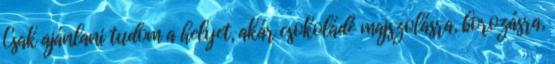
Csak ajánlani tudom a helyet, akár csokoládé majszolásra, borozásra,